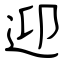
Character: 迎